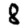
Digit: 8